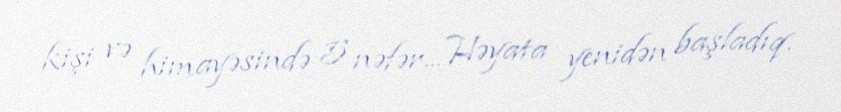
kişi və himayəsində 5 nəfər... Həyata yenidən başladıq.